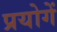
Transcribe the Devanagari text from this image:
प्रयोगें